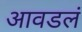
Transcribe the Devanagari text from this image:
आवडलं